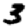
Digit: 3